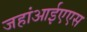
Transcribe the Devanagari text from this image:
जहांआईएएस